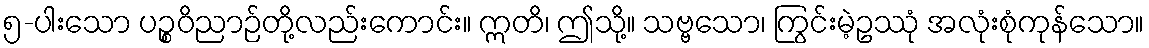
၅-ပါးသော ပဉ္စဝိညာဉ်တို့လည်းကောင်း။ ဣတိ၊ ဤသို့။ သဗ္ဗသော၊ ကြွင်းမဲ့ဥဿုံ အလုံးစုံကုန်သော။